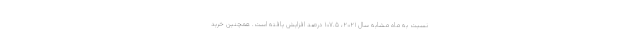
نسبت به ماه مشابه سال ۲۰۲۱، ۱۰۷.۵ درصد افزایش یافته است. همچنین خرید